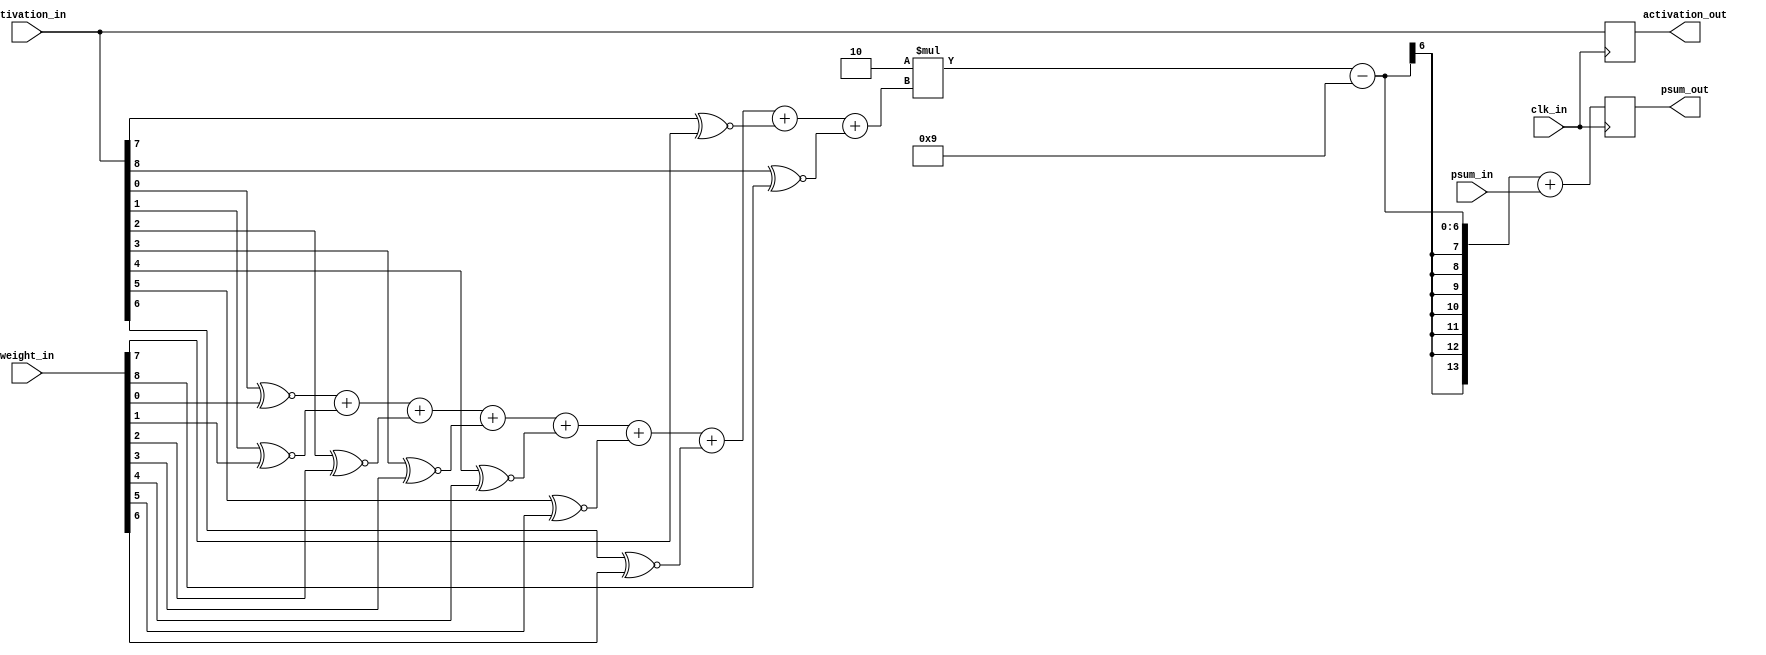
/*
Module: PE(processing element)
Author: Chia-Jen Nieh
Description: 
    clk_in:          clock
    activation_in:   sliding window in input layers
    weight_in:       weight of kernels
    psum_in:         partial sum from previous calculation
    activation_out:  pass to the kernel below
    psum_out:        output the sum of psum_in and the sum in this kernel
*/
module PE (
    clk_in,
    // rst_in,
    activation_in,
    weight_in,
    psum_in,
    activation_out,
    psum_out
);

parameter WIDTH = 14;

input                  clk_in;
input      [9-1:0]     activation_in;
input      [9-1:0]     weight_in;
input      [WIDTH-1:0] psum_in;
output reg [WIDTH-1:0] psum_out;
output reg [9-1:0]     activation_out;

reg                    partial_product [0:9-1];
reg        [4-1:0]     population_count;
reg        [WIDTH-1:0] psum_out_w;

integer i;

always @(*) begin
    for (i = 0; i < 9; i = i + 1) begin
        partial_product[i] = activation_in[i] ~^ weight_in[i];
    end
end

always @(*) begin
    population_count = partial_product[0] +
                       partial_product[1] +
                       partial_product[2] +
                       partial_product[3] +
                       partial_product[4] +
                       partial_product[5] +
                       partial_product[6] +
                       partial_product[7] +
                       partial_product[8];    
end

always @(*) begin
    psum_out_w = (2 * population_count - 4'd9) + psum_in;
end

always @(posedge clk_in) begin
    psum_out <= psum_out_w;
    activation_out <= activation_in;
end

endmodule